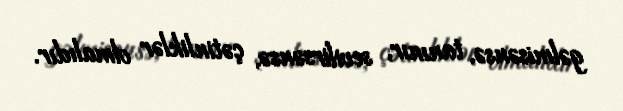
gəlmisənsə, tanınır, sevilirsənsə, çətinliklər olmalıdır.